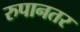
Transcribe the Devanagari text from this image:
रुपानतर